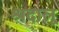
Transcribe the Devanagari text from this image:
श्रदालू